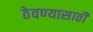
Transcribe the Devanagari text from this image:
ठेवण्‍यासाठी